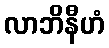
လာဘိနီဟံ